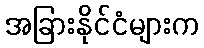
အခြားနိုင်ငံများက